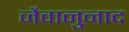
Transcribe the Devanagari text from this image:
जैवानुनाद